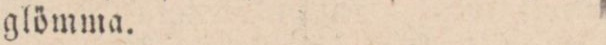
glömma.